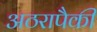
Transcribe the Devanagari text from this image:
अठरापैकी